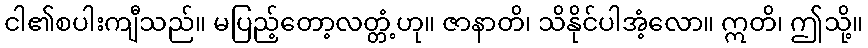
ငါ၏စပါးကျီသည်။ မပြည့်တော့လတ္တံ့ဟု။ ဇာနာတိ၊ သိနိုင်ပါအံ့လော။ ဣတိ၊ ဤသို့။